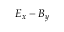
E _ { x } - B _ { y }